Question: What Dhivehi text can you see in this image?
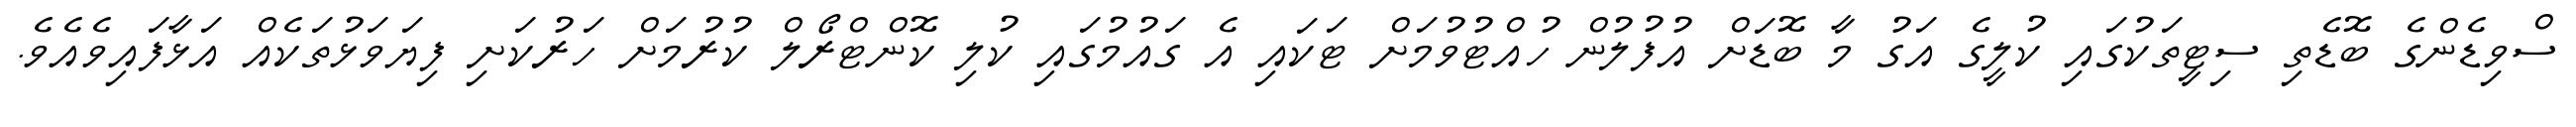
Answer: ސްވިޑެންގެ ބޮޑެތި ސިޓީތަކުގައި ކުލީގެ އަގު މާ ބޮޑަށް އުފުލުން ހުއްޓުވުމަށް ޓަކައި އެ ގައުމުގައި ކުލި ކޮންޓްރޯލް ކުރުމަށް ހަރުކަށި ފިޔަވަޅުތަކެއް އަޅާފައިވެއެވެ.